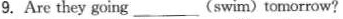
9.Are they going ___ (swim) tomorrow?